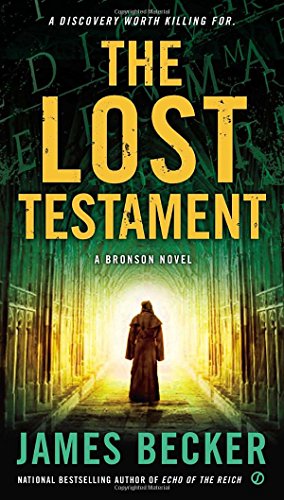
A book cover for The Lost Testament: A Bronson Novel (Chris Bronson); James Becker; Literature & Fiction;